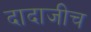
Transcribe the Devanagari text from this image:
दादाजीच